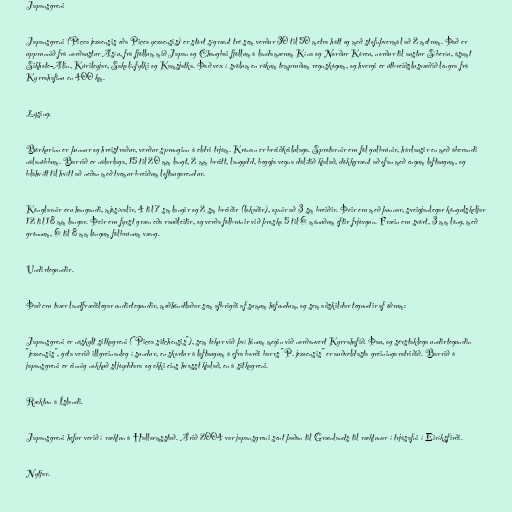
Japansgreni

Japansgreni (Picea jezoensis eða Picea yezoensis) er stórt sígrænt tré sem verður 30 til 50 metra hátt og með stofnþvermál að 2 metrum. Það er
upprunnið frá norðaustur Asíu, frá fjöllum mið Japan og Changbai fjöllum á landamærum Kína og Norður Kóreu, norður til austur Síberíu, ásamt
Sikhote-Alin, Kúrileyjar, Sakalínfylki og Kamsjatka. Það vex í svölum en rökum tempruðum regnskógum, og hvergi er útbreiðslusvæðið lengra frá
Kyrrahafinu en 400 km.

Lýsing.

Börkurinn er þunnur og hreistraður, verður sprunginn á eldri trjám. Krónan er breiðkeilulaga. Sprotarnir eru föl gulbrúnir, hárlausir en með áberandi
nálanöbbum. Barrið er nálarlaga, 15 til 20 mm langt, 2 mm breitt, langydd, beggja vegna dálítið kjalað, dökkgrænt að ofan með engum loftaugum, og
bláhvítt til hvítt að neðan með tvemur breiðum loftaugarendur.

Könglarnir eru hangandi, mjósívalir, 4 til 7 sm langir og 2 sm breiðir (lokaðir), opnir að 3 sm breiðir. Þeir eru með þunnar, sveigjanlegar köngulskeljar
12 til 18 mm langar. Þeir eru fyrst græn eða rauðleitir, og verða fölbrúnir við þroska 5 til 6 mánuðum eftir frjóvgun. Fræin eru svört, 3 mm löng, með
grönnum, 6 til 8 mm löngum fölbrúnum væng.

Undirtegundir.

Það eru tvær landfræðilegar undirtegundir, meðhöndlaðar sem afbrigði af sumum höfundum, og sem aðskildar tegundir af öðrum:

Japansgreni er náskylt sitkagreni ("Picea sitchensis"), sem tekur við því hinum megin við norðanvert Kyrrahafið. Þau, og sérstaklega undirtegundin
"jezoensis", geta verið illgreinanleg í sundur, en skortur á loftaugum á efra borði barrs "P. jezoensis" er auðveldasta greiningaratriðið. Barrið á
japansgreni er einnig nokkuð sljóyddara og ekki eins hvasst kjalað, en á sitkagreni.

Ræktun á Íslandi.

Japansgreni hefur verið í ræktun á Hallormsstað. Árið 2004 var japansgreni sent þaðan til Grænlands til ræktunar í trjásafni í Eiríksfirði.

Nytjar.